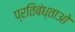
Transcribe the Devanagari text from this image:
प्रतिबंध्ताओ